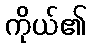
ကိုယ်၏